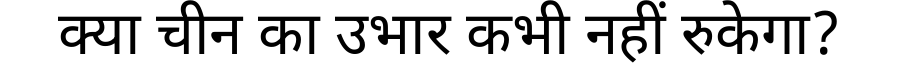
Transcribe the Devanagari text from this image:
क्या चीन का उभार कभी नहीं रुकेगा?